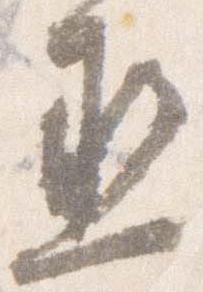
丞